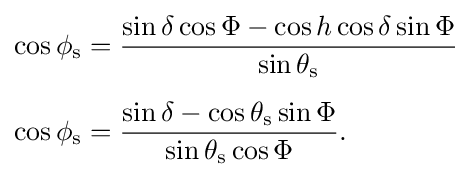
{\begin{aligned}\cos \phi _{\mathrm {s} }&={\frac {\sin \delta \cos \Phi -\cos h\cos \delta \sin \Phi }{\sin \theta _{\mathrm {s} }}}\\[5pt]\cos \phi _{\mathrm {s} }&={\frac {\sin \delta -\cos \theta _{\mathrm {s} }\sin \Phi }{\sin \theta _{\mathrm {s} }\cos \Phi }}.\end{aligned}}